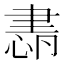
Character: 𦘜